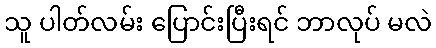
သူ ပါတ်လမ်း ပြောင်းပြီးရင် ဘာလုပ် မလဲ